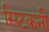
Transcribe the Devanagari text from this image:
सिटकनी